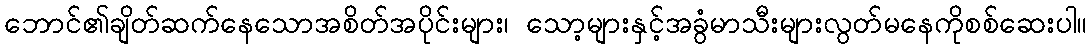
ဘောင်၏ချိတ်ဆက်နေသောအစိတ်အပိုင်းများ၊ သော့များနှင့်အခွံမာသီးများလွတ်မနေကိုစစ်ဆေးပါ။